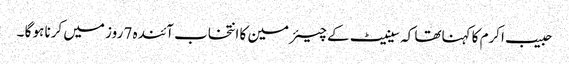
حبیب اکرم کا کہناتھا کہ سینیٹ کے چیئر مین کا انتخاب آئندہ 7 روز میں کرنا ہو گا ۔